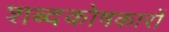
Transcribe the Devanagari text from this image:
शब्दकोषकारों